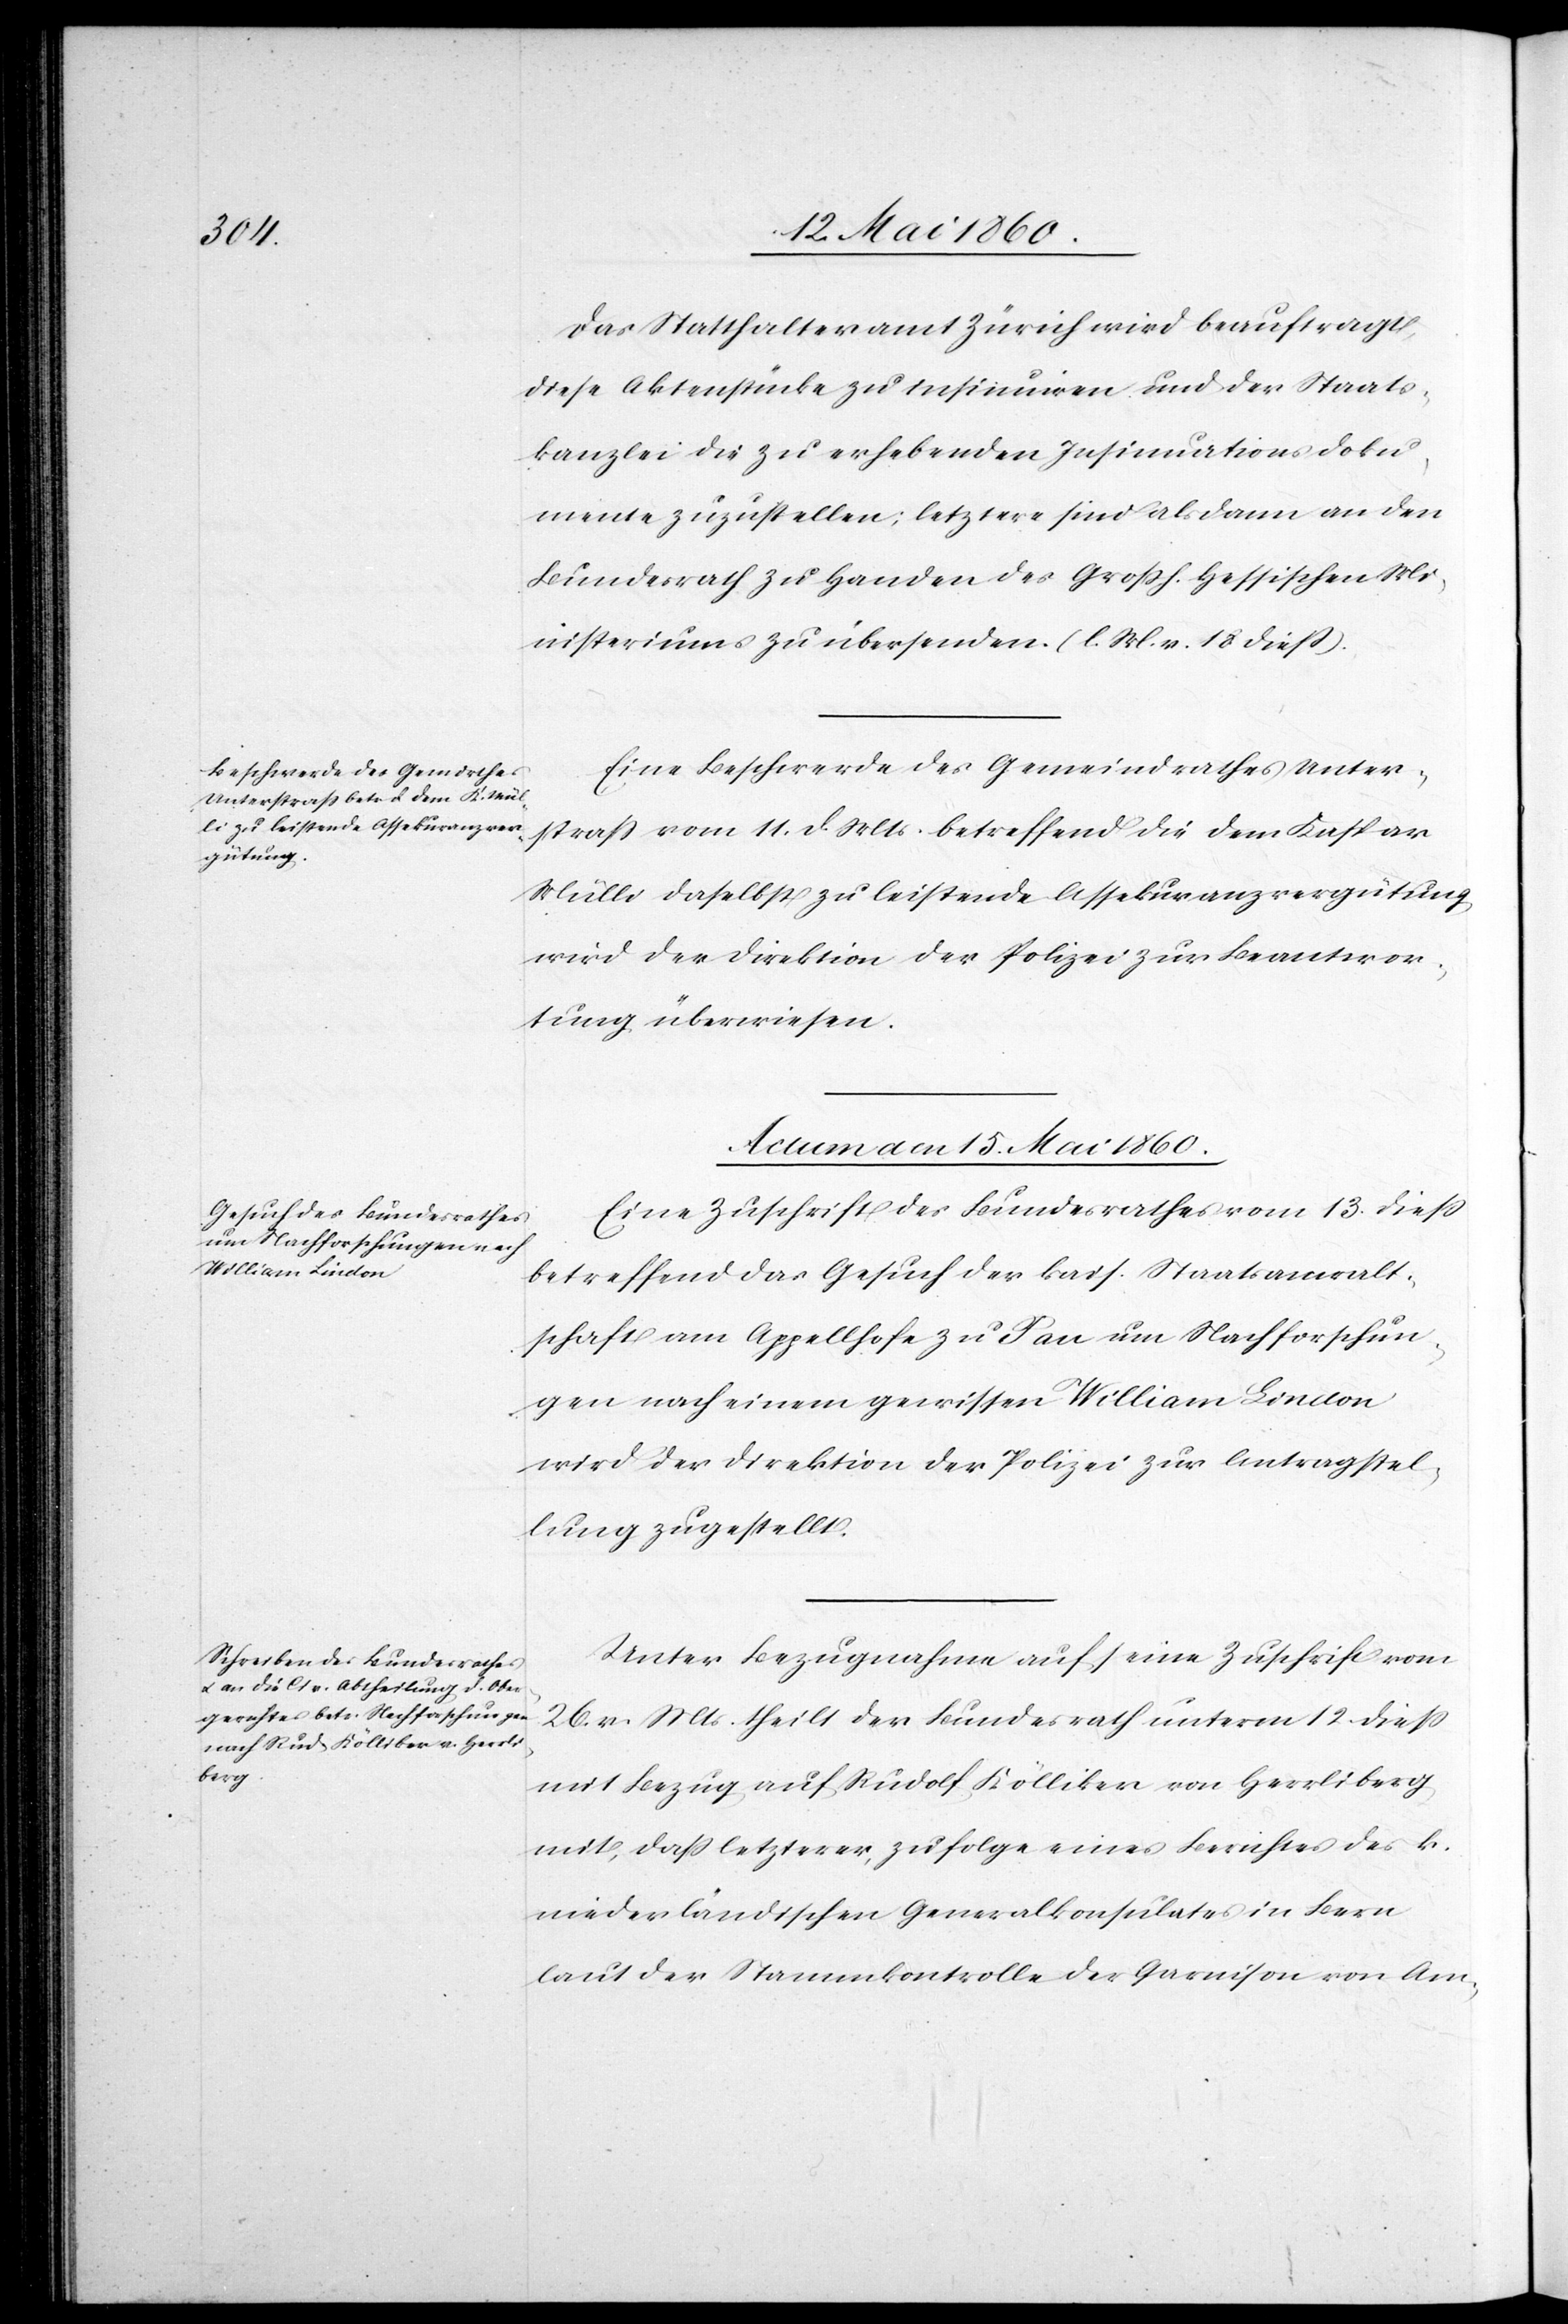
Das Statthalteramt Zürich wird beauftragt,
diese Aktenstücke zu insinuiren und der Staats¬
kanzlei die zur erhebenden Insinuationsdoku¬
mente zuzustellen; letztere sind als dann an den
Bundesrath zu Handen des Grossh. Hessischen Mi¬
nisteriums zu übersenden. (l. M. v. 18. diess).
Eine Beschwerde des Gemeindrathes Unter¬
strass vom 11. d. Mts. betreffend die dem Kaspar
Müller daselbst zu leistende Assekuranzvergütung
wird der Direktion der Polizei zur Beantwor¬
tung überwiesen.
Actum den 15. Mai 1860.]
Eine Zuschrift des Bundesrathes vom 13. diess
betreffend das Gesuch der kais. Staatsanwalt¬
schaft am Appellhofe zu Pan um Nachforschun¬
gen nach einem gewissen William Lindon
wird der Direktion der Polizei zur Antragstel¬
lung zugestellt.
Unter Bezugnahme auf seine Zuschrift vom
26. v. Mts. theilt der Bundesrath unterm 12. diess
mit Bezug auf Rudolf Kölliker von Herrliberg
mit, dass letzterer zu folge eines Berichtes des k.
niederländischen Generalkonsulates in Bern
laut der Stammkontrolle der Garnison von Am-